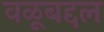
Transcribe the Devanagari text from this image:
वळूबद्दल